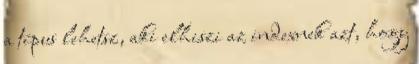
a típus lehetsz, aki elhiszi az indexnek azt, hogy